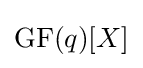
\mathrm {GF} (q)[X]